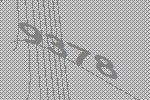
9378